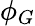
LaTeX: \phi_{G}